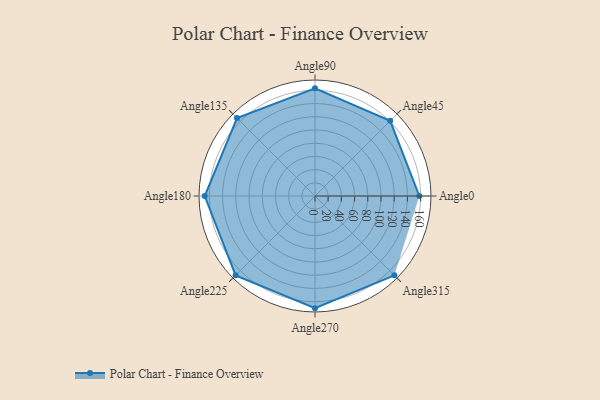
{"axis": {"x": "Angle", "y": "Radius"}, "legend": [""], "data": [{"x": "Angle0", "y": 158.0, "type": ""}, {"x": "Angle45", "y": 161.0, "type": ""}, {"x": "Angle90", "y": 163.0, "type": ""}, {"x": "Angle135", "y": 167.0, "type": ""}, {"x": "Angle180", "y": 167.0, "type": ""}, {"x": "Angle225", "y": 170, "type": ""}, {"x": "Angle270", "y": 170, "type": ""}, {"x": "Angle315", "y": 170, "type": ""}]}